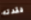
فقدته